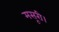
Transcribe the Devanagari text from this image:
मसूरी।